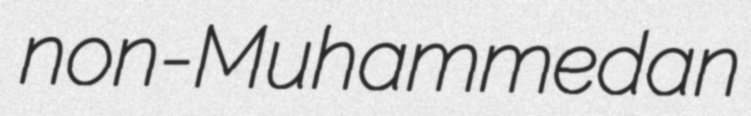
non-Muhammedan